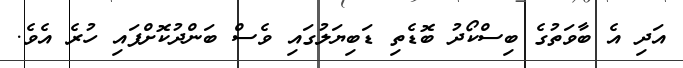
އަދި އެ ބާވަތުގެ ބިސްކޯދު ބޮޑެތި ޑަބިިޔަލުގައި ވެސް ބަންދުކޮށްފައި ހުރެ އެވެ.